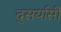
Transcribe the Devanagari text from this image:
दुसर्यासी